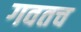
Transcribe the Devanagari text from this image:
गवतच